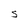
Character: S